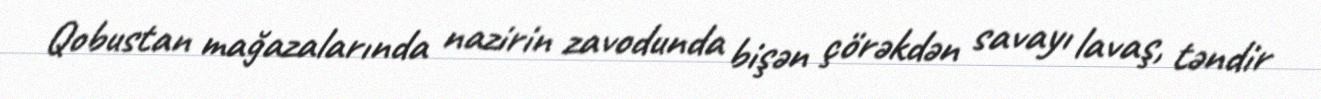
Qobustan mağazalarında nazirin zavodunda bişən çörəkdən savayı lavaş, təndir